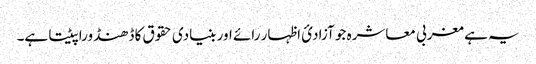
یہ ہے مغربی معاشرہ جو آزادیٔ اظہار رائے اور بنیادی حقوق کا ڈھنڈورا پیٹتا ہے۔